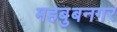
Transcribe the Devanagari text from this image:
महबुबनगर